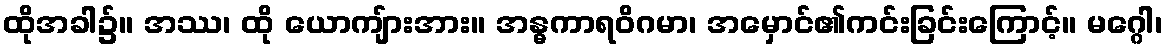
ထိုအခါ၌။ အဿ၊ ထို ယောကျ်ားအား။ အန္ဓကာရဝိဂမာ၊ အမှောင်၏ကင်းခြင်းကြောင့်။ မဂ္ဂေါ၊